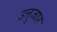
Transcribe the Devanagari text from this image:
उत्तुजार